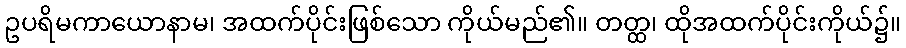
ဥပရိမကာယောနာမ၊ အထက်ပိုင်းဖြစ်သော ကိုယ်မည်၏။ တတ္ထ၊ ထိုအထက်ပိုင်းကိုယ်၌။